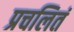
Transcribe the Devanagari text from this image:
प्रचलितं